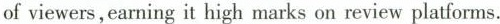
of viewers, earning it high marks on review platforms.